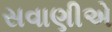
સવાણીએ